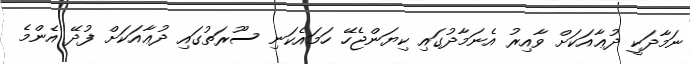
ނަމާދަކީ ދުޢާއަކަށް ވާއިރު އެނަމާދުގައި ކިޔަންޖެހޭ ހަމައެކަނި ސޫރަތުގައި ދުޢާއަކަށް ފުދޭ އެންމެ